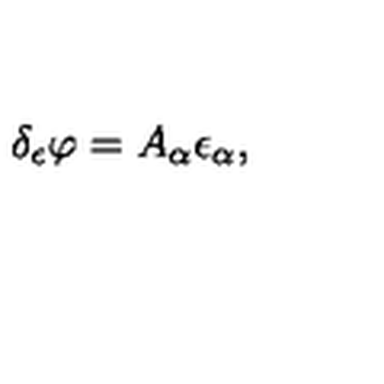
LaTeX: \delta _ { \epsilon } \varphi = A _ { \alpha } \epsilon _ { \alpha } ,